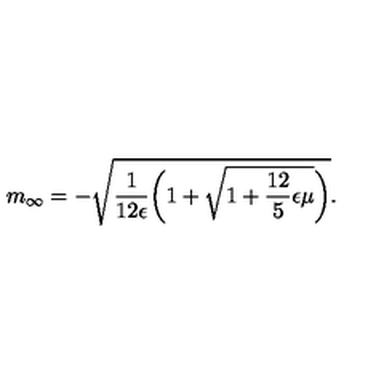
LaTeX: m _ { \infty } = - \sqrt { \frac { 1 } { 1 2 \epsilon } \biggl ( 1 + \sqrt { 1 + \frac { 1 2 } { 5 } \epsilon \mu } \biggr ) } .